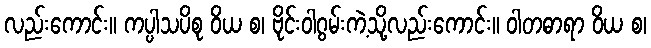
လည်းကောင်း။ ကပ္ပါသပိစု ဝိယ စ၊ ဗိုင်းဝါဂွမ်းကဲ့သို့လည်းကောင်း။ ဝါတဓာရာ ဝိယ စ၊